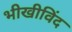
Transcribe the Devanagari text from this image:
भीखीविंद